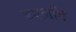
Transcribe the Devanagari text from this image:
डयलॉग